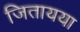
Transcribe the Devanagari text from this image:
जितायया